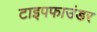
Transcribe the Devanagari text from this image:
टाइपफाउंडर